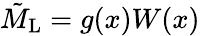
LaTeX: \tilde{M}_{\mathrm{L}}=g(x)W(x)